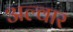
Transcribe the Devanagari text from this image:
अल्वार